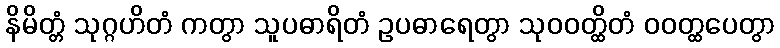
နိမိတ္တံ သုဂ္ဂဟိတံ ကတွာ သူပဓာရိတံ ဥပဓာရေတွာ သုဝဝတ္ထိတံ ဝဝတ္ထပေတွာ